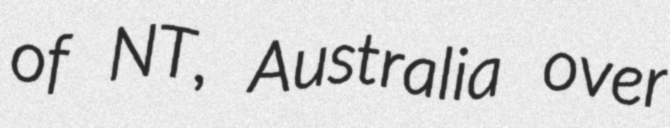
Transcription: of NT, Australia over